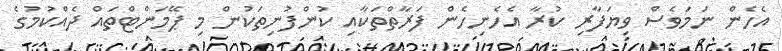
އެހެން ނަމަވެސް ވިޔަފާރި ކުރާ އެހެނިހެން ފަރާތްތަކާއި ކުންފުނިތަކުން މި ޕޭމަންޓްތައް ދެއްކުމުގެ